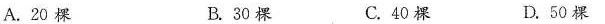
A.20棵 B.30棵 C.40棵 D.50棵